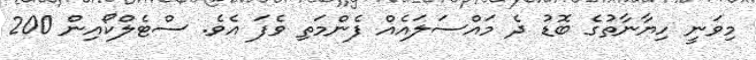
މިވަނީ ހިޔާނާތުގެ ބޮޑު ދެ މައްސަލައެއް ފެންމަތި ވެފަ އެވެ. ސްޓެލްކޯއިން 200